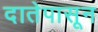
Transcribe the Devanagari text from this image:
दातेपासून